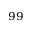
^ { 9 9 }